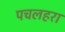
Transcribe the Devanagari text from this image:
पचलहरा